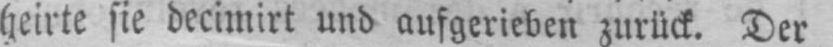
heirte sie decimirt und aufgerieben zurück. Der